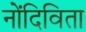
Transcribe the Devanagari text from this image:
नोंदिविता